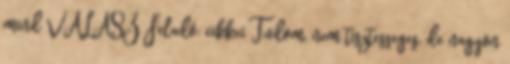
mind VÁLASZ Feladó: cikkei Tudom, nem tisztesseges, de nagyon